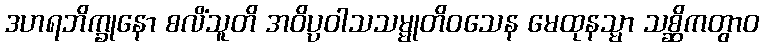
ဒဟရဘိက္ခုနော စလိံသူတိ အဝိပ္ပဝါသသမ္မုတိဝသေန မေထုနသ္မာ သစ္ဆိကတွာဝ